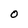
Character: O